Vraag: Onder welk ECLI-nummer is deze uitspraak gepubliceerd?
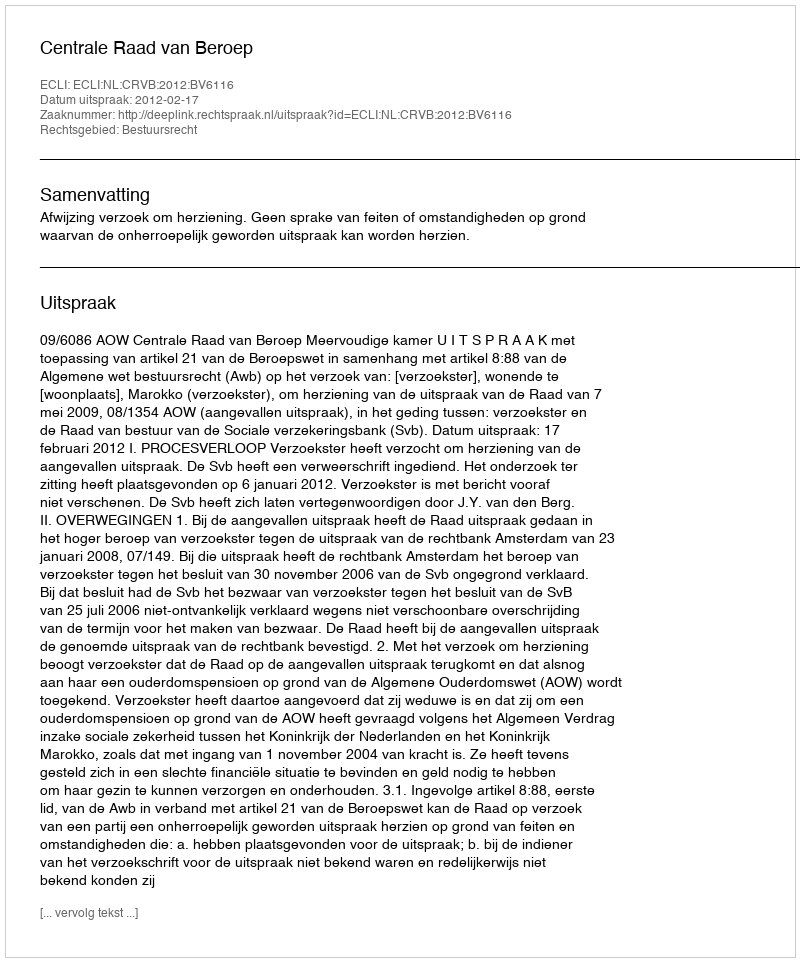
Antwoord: ECLI:NL:CRVB:2012:BV6116